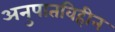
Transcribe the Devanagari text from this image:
अनुपातविहीन